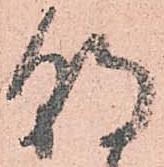
朝